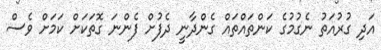
އަދި ގުރުއަތު ނެގުމުގެ ކަންތައްތައް ގެންދާނީ ދެފުށް ފެންނަ ގޮތަކަށް ކަމަށް ވެސް